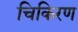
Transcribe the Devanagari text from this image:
चिकिरण